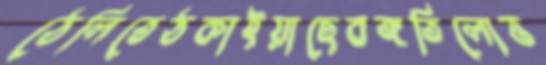
ঠেলিতেঠকাইয়াছেবঙ্গতিলোত্ত